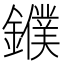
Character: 𨮓